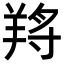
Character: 𦎆